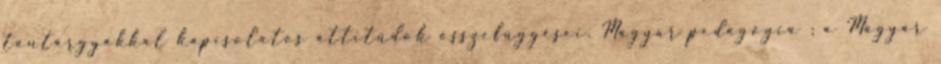
tantárgyakkal kapcsolatos attitűdök összefüggései. Magyar pedagógia : a Magyar